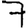
Digit: 7